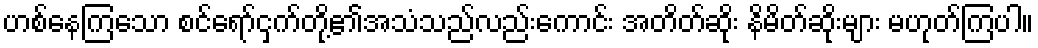
ဟစ်နေကြသော စင်ရော်ငှက်တို့၏အသံသည်လည်းကောင်း အတိတ်ဆိုး နိမိတ်ဆိုးများ မဟုတ်ကြပါ။